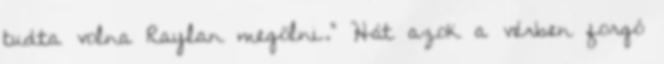
tudta volna Raylan megölni.” Hát azok a vérben forgó